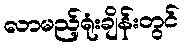
လာမည့်ရုံးချိန်းတွင်